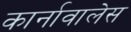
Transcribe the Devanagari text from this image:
कार्नावालेस